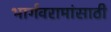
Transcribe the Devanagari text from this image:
भार्गवरामांसाठी